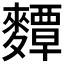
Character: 𪍵